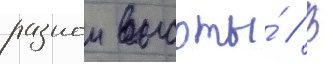
разнои высоты́ // В